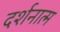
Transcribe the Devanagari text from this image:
दर्शनात्म